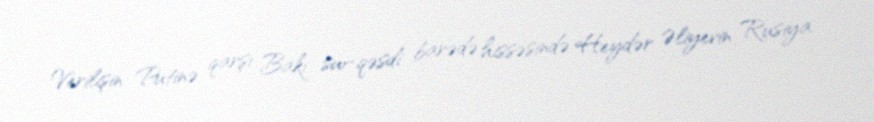
Verilişin Putinə qarşı Bakı sui-qəsdi barədə hissəsində Heydər Əliyevin Rusiya